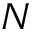
N